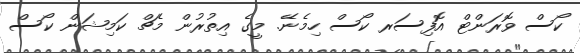
ކޯސް ވޮރަންޓް އޮފިސަރ ކޯސް ހިމެނޭ. މީގެ އިތުރުން މެޗް ކަމިޝަން ކޯސް